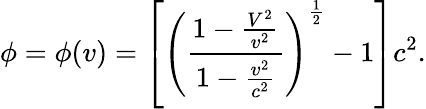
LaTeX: \phi=\phi(v)=\left[\left(\frac{{1-\frac{V^{2}}{v^{2}}}}{{1-\frac{v^{2}}{c^{2}}}}\right)^{\frac{1}{2}}-1\right]c^{2}.